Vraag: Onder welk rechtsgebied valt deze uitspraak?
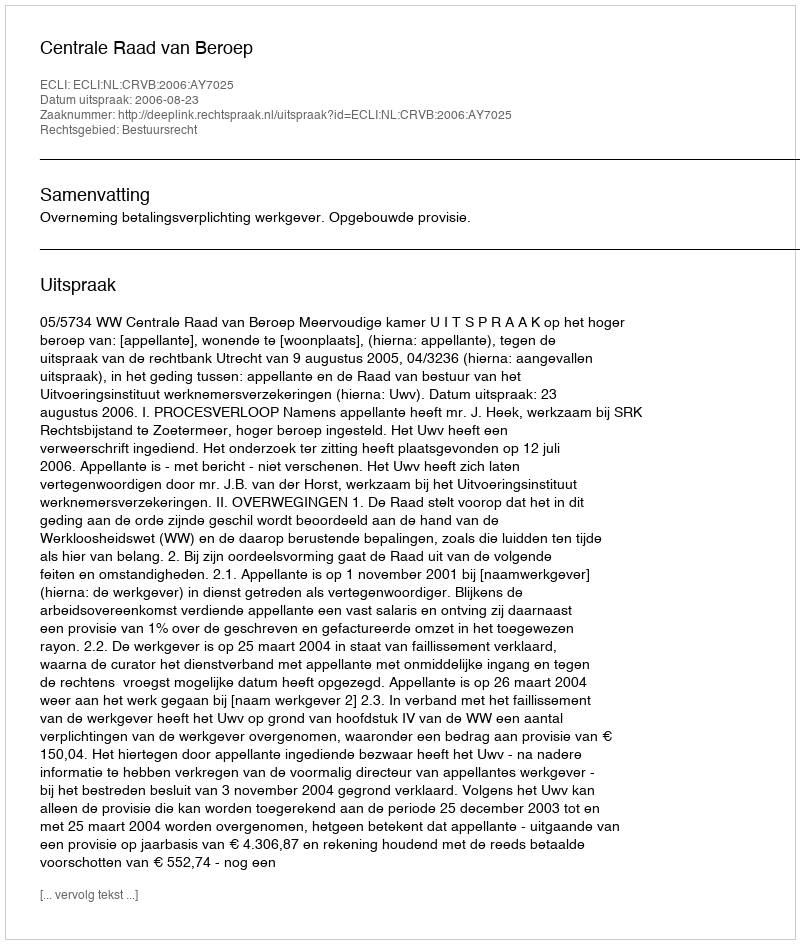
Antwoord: Bestuursrecht